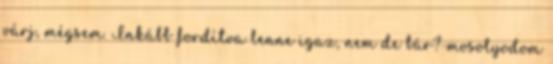
várj, mégsem. Inkább fordítva lenne igaz, nem de bár?-mosolyodom